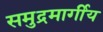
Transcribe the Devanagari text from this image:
समुद्रमार्गीय